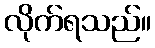
လိုက်ရသည်။